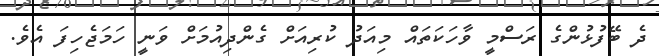
ދެ ބޭފުޅުންގެ ރަސްމީ ވާހަކަތައް މިއަދު ކުރިއަށް ގެންދިއުމަށް ވަނީ ހަމަޖެހިފަ އެވެ.